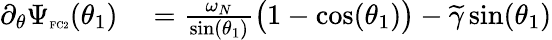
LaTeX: \begin{array}{rl}{\partial_{\theta}\Psi_{\textnormal{\tiny{FC2}}}(\theta_{1})}&{{}=\frac{\omega_{N}}{\sin(\theta_{1})}\big(1-\cos(\theta_{1})\big)-\widetilde{\gamma}\sin(\theta_{1})}\end{array}